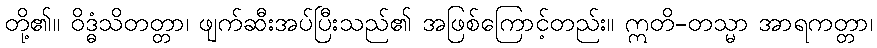
တို့၏။ ဝိဒ္ဓံသိတတ္တာ၊ ဖျက်ဆီးအပ်ပြီးသည်၏ အဖြစ်ကြောင့်တည်း။ ဣတိ-တသ္မာ အာရကတ္တာ၊